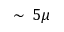
\sim \, 5 \mu